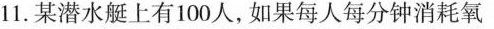
11.某潜水艇上有100人，如果每人每分钟消耗氧